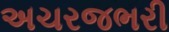
અચરજભરી